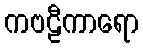
ကဗဠီကာရော